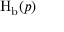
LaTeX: \operatorname { H } _ { \mathrm { b } } ( p )